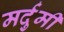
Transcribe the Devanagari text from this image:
मर्दुमी